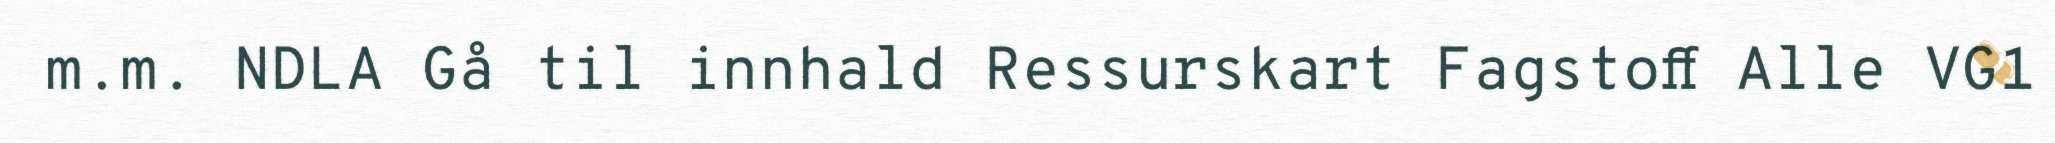
m.m. NDLA Gå til innhald Ressurskart Fagstoff Alle VG1